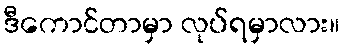
ဒီကောင်တာမှာ လုပ်ရမှာလား။